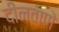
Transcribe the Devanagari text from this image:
दीनवाणे